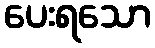
ပေးရသော